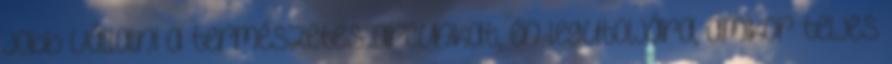
jobb vállalni a természetes arcunkat, én legutoljára, amikor teljes